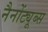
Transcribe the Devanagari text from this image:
नैनोंट्यूब्स